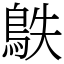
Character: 䳀